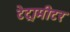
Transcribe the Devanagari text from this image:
टेट्रामीटर